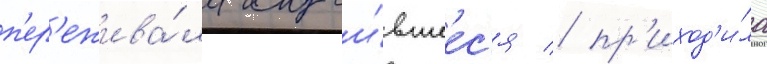
п'ер'ежива́ла случи́вшеес'я / пр'иход'и́ла